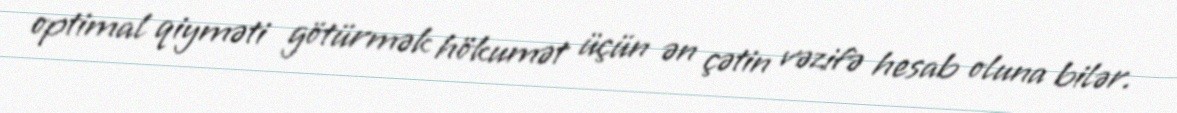
optimal qiyməti götürmək hökumət üçün ən çətin vəzifə hesab oluna bilər.